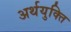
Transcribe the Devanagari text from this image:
अर्थयुक्ति